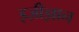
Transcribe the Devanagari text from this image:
इज़ीज्ञान